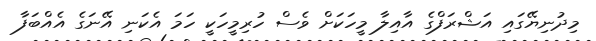
މިދުނިޔޭގައި އަޝްރަފްގެ އާއިލާ މީހަކަށް ވެސް ހުރިމީހަކީ ހަމަ އެކަނި އޭނަގެ އެއްބަފާ